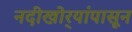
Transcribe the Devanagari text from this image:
नदीखोर्‍यांपासून